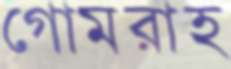
গোমরাহ